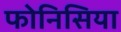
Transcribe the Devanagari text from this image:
फोनिसिया